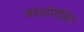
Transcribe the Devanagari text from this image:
वहाहमिहिर